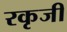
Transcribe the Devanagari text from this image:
रकृजी